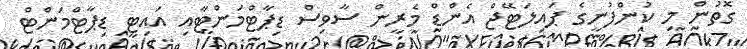
ގޮތުން މި ކުންފުނީގެ ޕައިލަޓޭޖް އެންޑް މެރީން ސާވިސް ޑިޕާޓްމަންޓާއި އައިޓީ ޑިޕާޓްމަންޓް